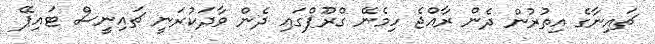
ޗައިނާގެ އިތުރުން ދެން ރާއްޖެ ހިމެނޭ ގްރޫޕްގައި ދެން ވާދަކުރަނީ ޗައިނީސް ޓައިޕޭ